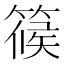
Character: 𥱌